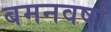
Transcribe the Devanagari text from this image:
बमनवर्षा